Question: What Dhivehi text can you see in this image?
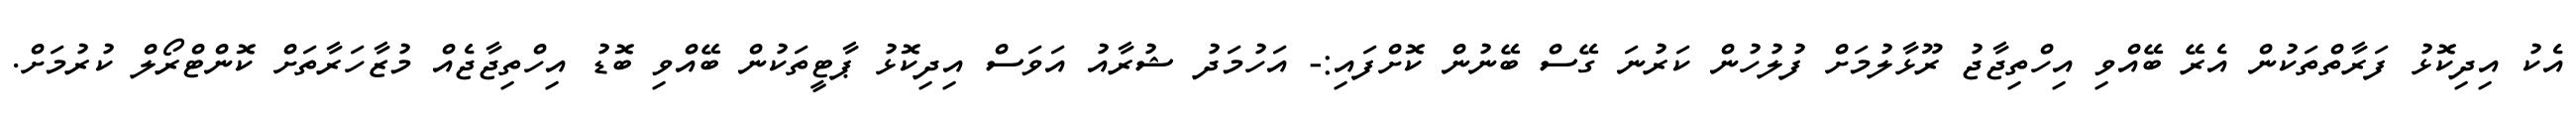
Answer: އެކު އިދިކޮޅު ފަރާތްތަކުން އެރޭ ބޭއްވި އިހްތިޖާޖު ރޫޅާލުމަށް ފުލުހުން ކަރުނަ ގޭސް ބޭނުން ކޮށްފައި:- އަހުމަދު ޝުރާއު އަވަސް އިދިކޮޅު ޕާޓީތަކުން ބޭއްވި ބޮޑު އިހްތިޖާޖެއް މުޒާހަރާތަށް ކޮންޓްރޯލް ކުރުމަށް.